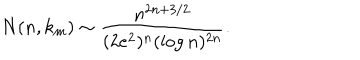
LaTeX: N ( n , k _ { m } ) \sim \frac { n ^ { 2 n + 3 / 2 } } { ( 2 e ^ { 2 } ) ^ { n } ( \log n ) ^ { 2 n } } .